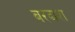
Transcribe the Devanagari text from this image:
बरदाश